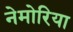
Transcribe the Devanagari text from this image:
नेमोरिया